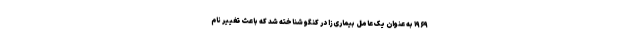
۱۹۶۹ به عنوان یک عامل بیماری‌زا در کنگو شناخته شد که باعث تغییر نام